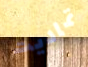
تماديت